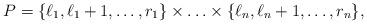
LaTeX: \begin{align*} P =\{\ell_1,\ell_1+1,\ldots,r_1\} \times\ldots\times \{\ell_n,\ell_n+1,\ldots,r_n\} ,\end{align*}